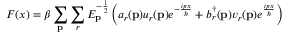
F ( x ) = \beta \sum _ { \mathbf { p } } \sum _ { r } E _ { \mathbf { p } } ^ { - { \frac { 1 } { 2 } } } \left( a _ { r } ( \mathbf { p } ) u _ { r } ( \mathbf { p } ) e ^ { - { \frac { i p x } { \hbar } } } + b _ { r } ^ { \dagger } ( \mathbf { p } ) v _ { r } ( \mathbf { p } ) e ^ { \frac { i p x } { \hbar } } \right)